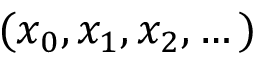
( x _ { 0 } , x _ { 1 } , x _ { 2 } , \dots )